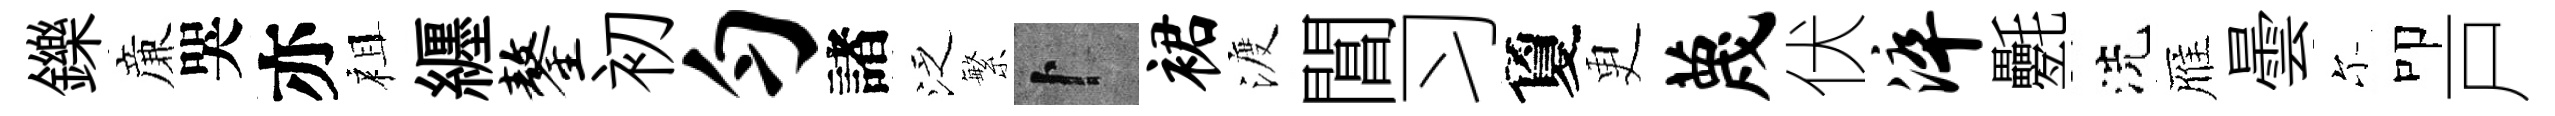
鑠亷哭亦祖纒鏊初匀諸泛繁卜裙渡閶习夐更蔑伏淬氎洗雁曇尓叩戸